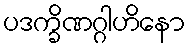
ပဒက္ခိဏဂ္ဂါဟိနော